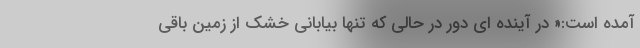
آمده است:« در آینده ای دور در حالی که تنها بیابانی خشک از زمین باقی